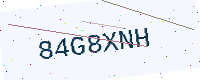
Text: 84G8XNH